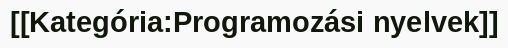
[[Kategória:Programozási nyelvek]]